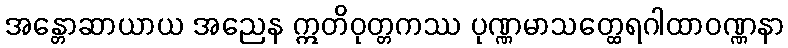
အန္တောဆာယာယ အညေန ဣတိဝုတ္တကဿ ပုဏ္ဏမာသတ္ထေရဂါထာဝဏ္ဏနာ